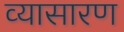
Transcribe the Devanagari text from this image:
व्यासारण